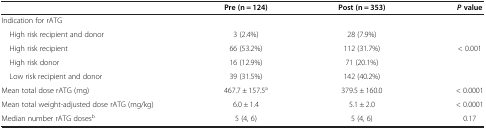
<table><thead><tr><td><b> </b></td><td><b>Pre (n = 124)</b></td><td><b>Post (n = 353)</b></td><td><b><i>P </i>value</b></td></tr></thead><tbody><tr><td>Indication for rATG</td><td> </td><td> </td><td rowspan="5">&lt;0.001</td></tr><tr><td> High risk recipient and donor</td><td>3 (2.4%)</td><td>28 (7.9%)</td></tr><tr><td> High risk recipient</td><td>66 (53.2%)</td><td>112 (31.7%)</td></tr><tr><td> High risk donor</td><td>16 (12.9%)</td><td>71 (20.1%)</td></tr><tr><td> Low risk recipient and donor</td><td>39 (31.5%)</td><td>142 (40.2%)</td></tr><tr><td>Mean total dose rATG (mg)</td><td>467.7 ± 157.5<sup>a</sup></td><td>379.5 ± 160.0</td><td>&lt;0.0001</td></tr><tr><td>Mean total weight-adjusted dose rATG (mg/kg)</td><td>6.0 ± 1.4</td><td>5.1 ± 2.0</td><td>&lt;0.0001</td></tr><tr><td>Median number rATG doses<sup>b</sup></td><td>5 (4, 6)</td><td>5 (4, 6)</td><td>0.17</td></tr></tbody></table>